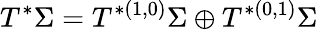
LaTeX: T^{*}\Sigma=T^{*(1,0)}\Sigma\oplus T^{*(0,1)}\Sigma